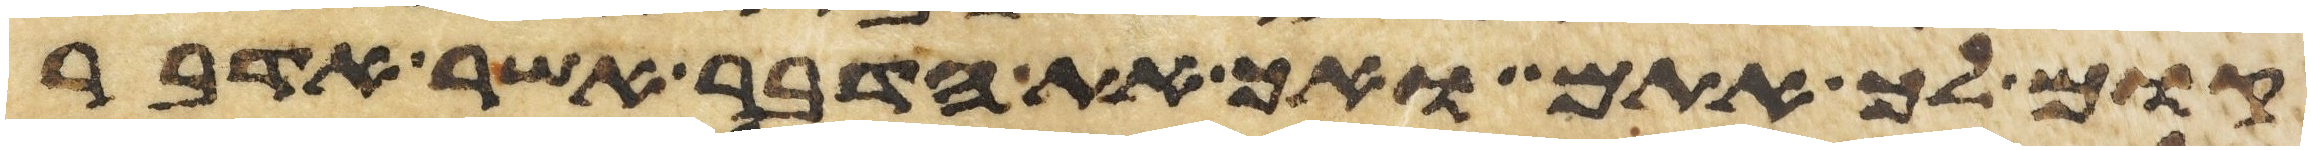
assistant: קום לך אתם ואך את הדבר אשר אדבר